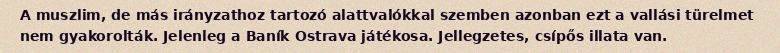
A muszlim, de más irányzathoz tartozó alattvalókkal szemben azonban ezt a vallási türelmet nem gyakorolták. Jelenleg a Baník Ostrava játékosa. Jellegzetes, csípős illata van.